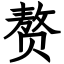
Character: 赘